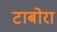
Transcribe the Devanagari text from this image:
टाबोरा